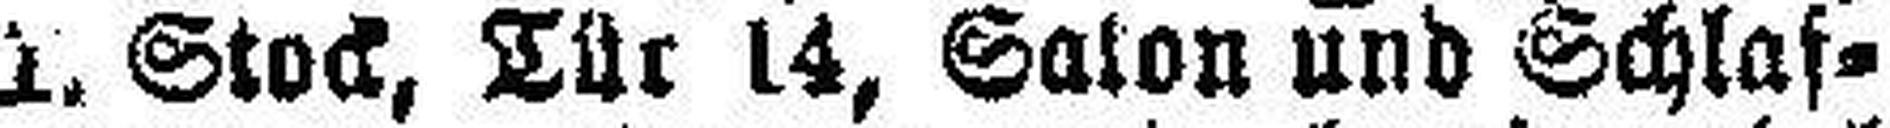
d. Stock, Tür 14, Salon und Schlaf¬